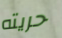
حريته